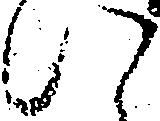
い